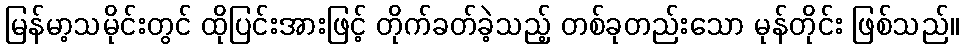
မြန်မာ့သမိုင်းတွင် ထိုပြင်းအားဖြင့် တိုက်ခတ်ခဲ့သည့် တစ်ခုတည်းသော မုန်တိုင်း ဖြစ်သည်။